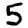
Digit: 5